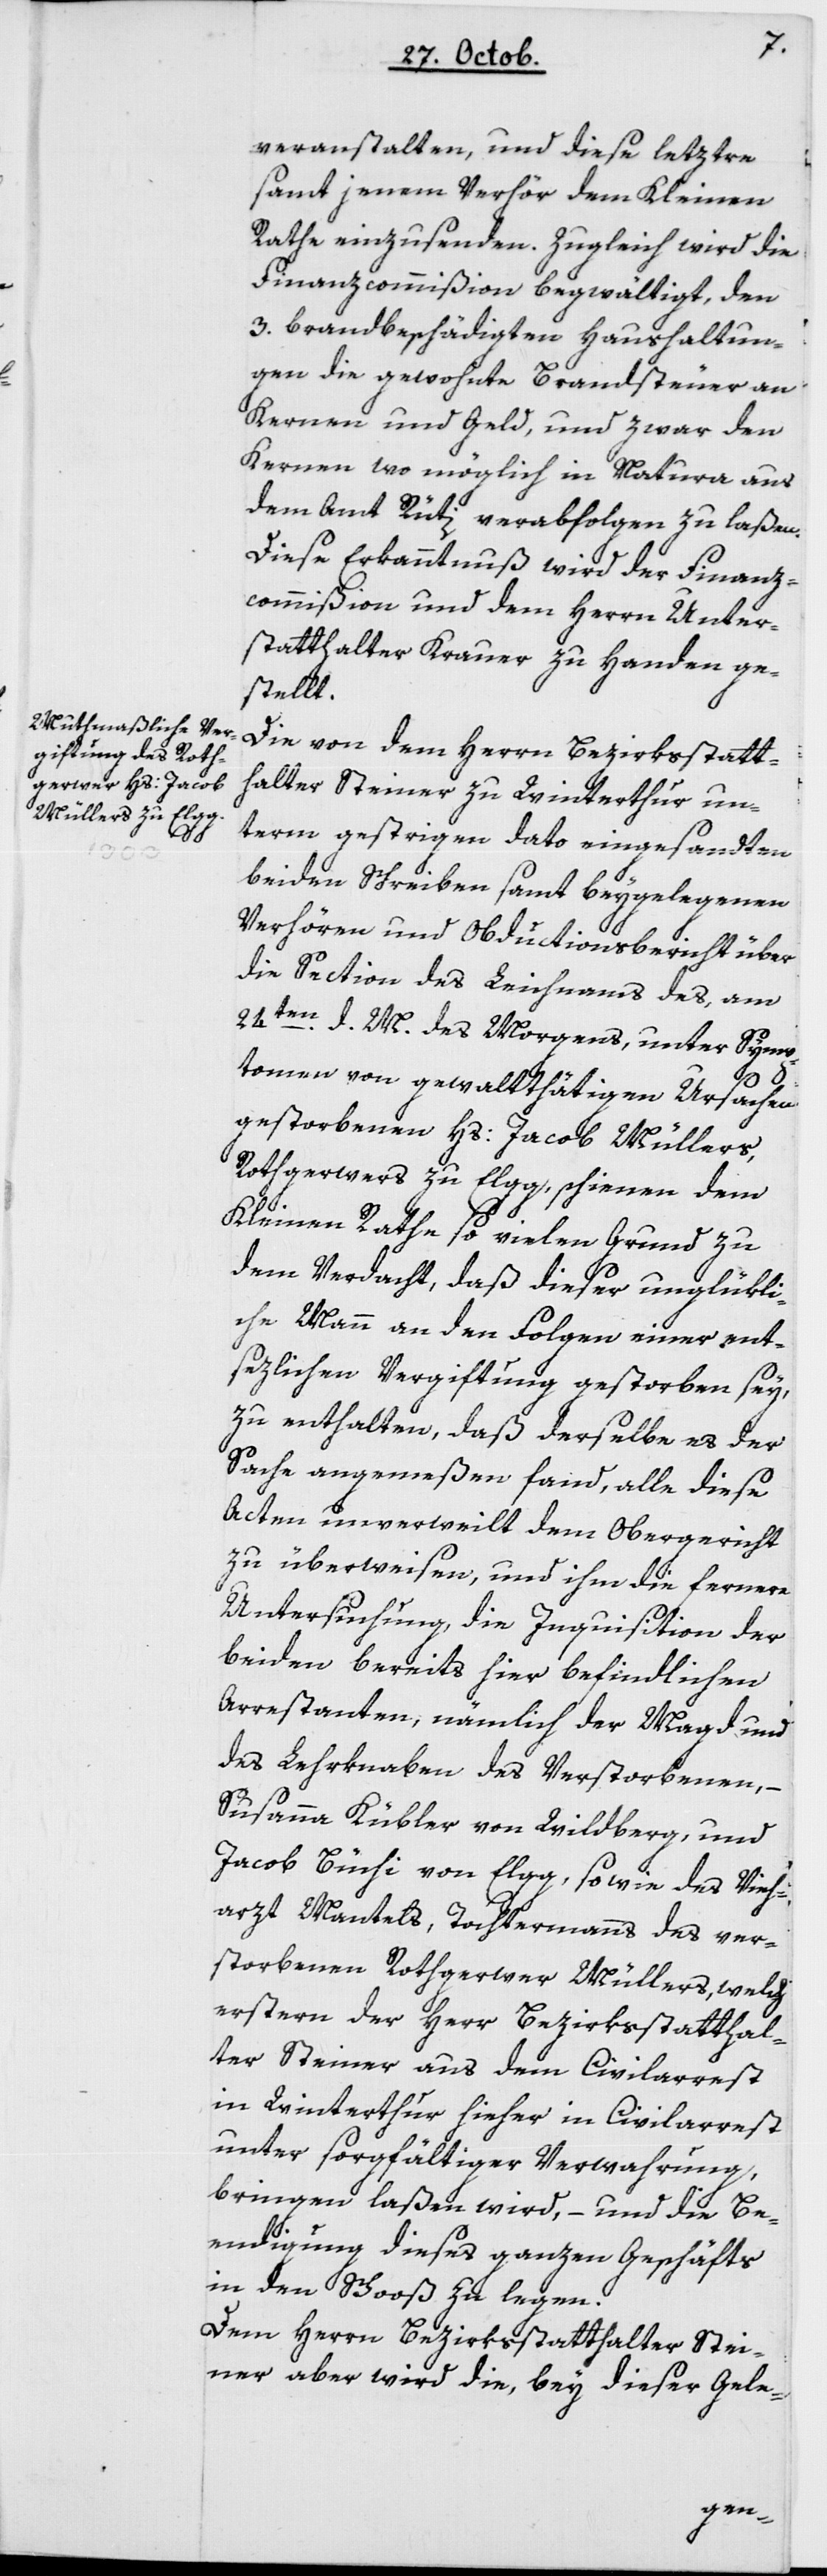
veranstalten, und diese letztre
sammt jenem Verhör dem Kleinen
Rathe einzusenden. Zugleich wird die
Finanzcommißion begwältigt, den
3 brandbeschädigten Haushaltun¬
gen die gewohnte Brandsteuer an
Kernen und Geld, und zwar den
Kernen wo möglich in natura aus
dem Amt Rüti verabfolgen zu laßen.
Diese Erkanntnuß wird der Finanz¬
commißion und dem Herrn Unter¬
statthalter Krauer zu Handen ge¬
stellt.
Die von dem Herrn Bezirksstatt¬
halter Steiner zu Winterthur un¬
term gestrigen Dato eingesandten
beyden Schreiben sammt beygelegenen
Verhören und Obductionsbericht über
die Section des Leichnams des, am
24ten d. M. des Morgens, unter Symp¬
tomen von gewaltthätigen Ursachen
gestorbenen Hs. Jacob Müllers,
Rothgerwers zu Elgg, schienen dem
Kleinen Rathe so vielen Grund zu
dem Verdacht, daß dieser unglükli¬
che Mann an den Folgen einer ent¬
sezlichen Vergiftung gestorben sey,
zu enthalten, daß derselbe es der
Sache angemeßen fand, alle diese
Acten unverweilt dem Obergericht
zu überweisen, und ihm die fernere
Untersuchung, die Inquisition der
beyden bereits hier befindlichen
Arrestanten, nämmlich der Magd und
des Lehrknaben des Verstorbenen, –
Susanna Kübler von Wildberg und
Jacob Büchi von Elgg, sowie des Vieh¬
arzt Mantels, Tochtermanns des ver¬
storbenen Rothgerwer Müllers, welch
erstern der Herr Bezirksstatthal¬
ter Steiner aus dem Civilarrest
in Winterthur hieher in Civilarrest
unter sorgfältiger Verwahrung
bringen laßen wird, – und die Be¬
endigung dieses ganzen Geschäfts
in den Schooß zu legen.
Dem Herrn Bezirksstatthalter Stei¬
ner aber wird die, bey dieser Gele-